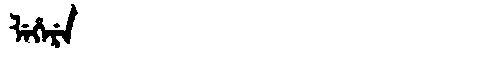
Manchu: ᠯᡝᡥᡝᡵᡝ
Romanization: LEHERE